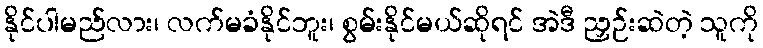
နိုင်ပါမည်လား၊ လက်မခံနိုင်ဘူး၊ စွမ်းနိုင်မယ်ဆိုရင် အဲဒီ ညှဉ်းဆဲတဲ့ သူကို